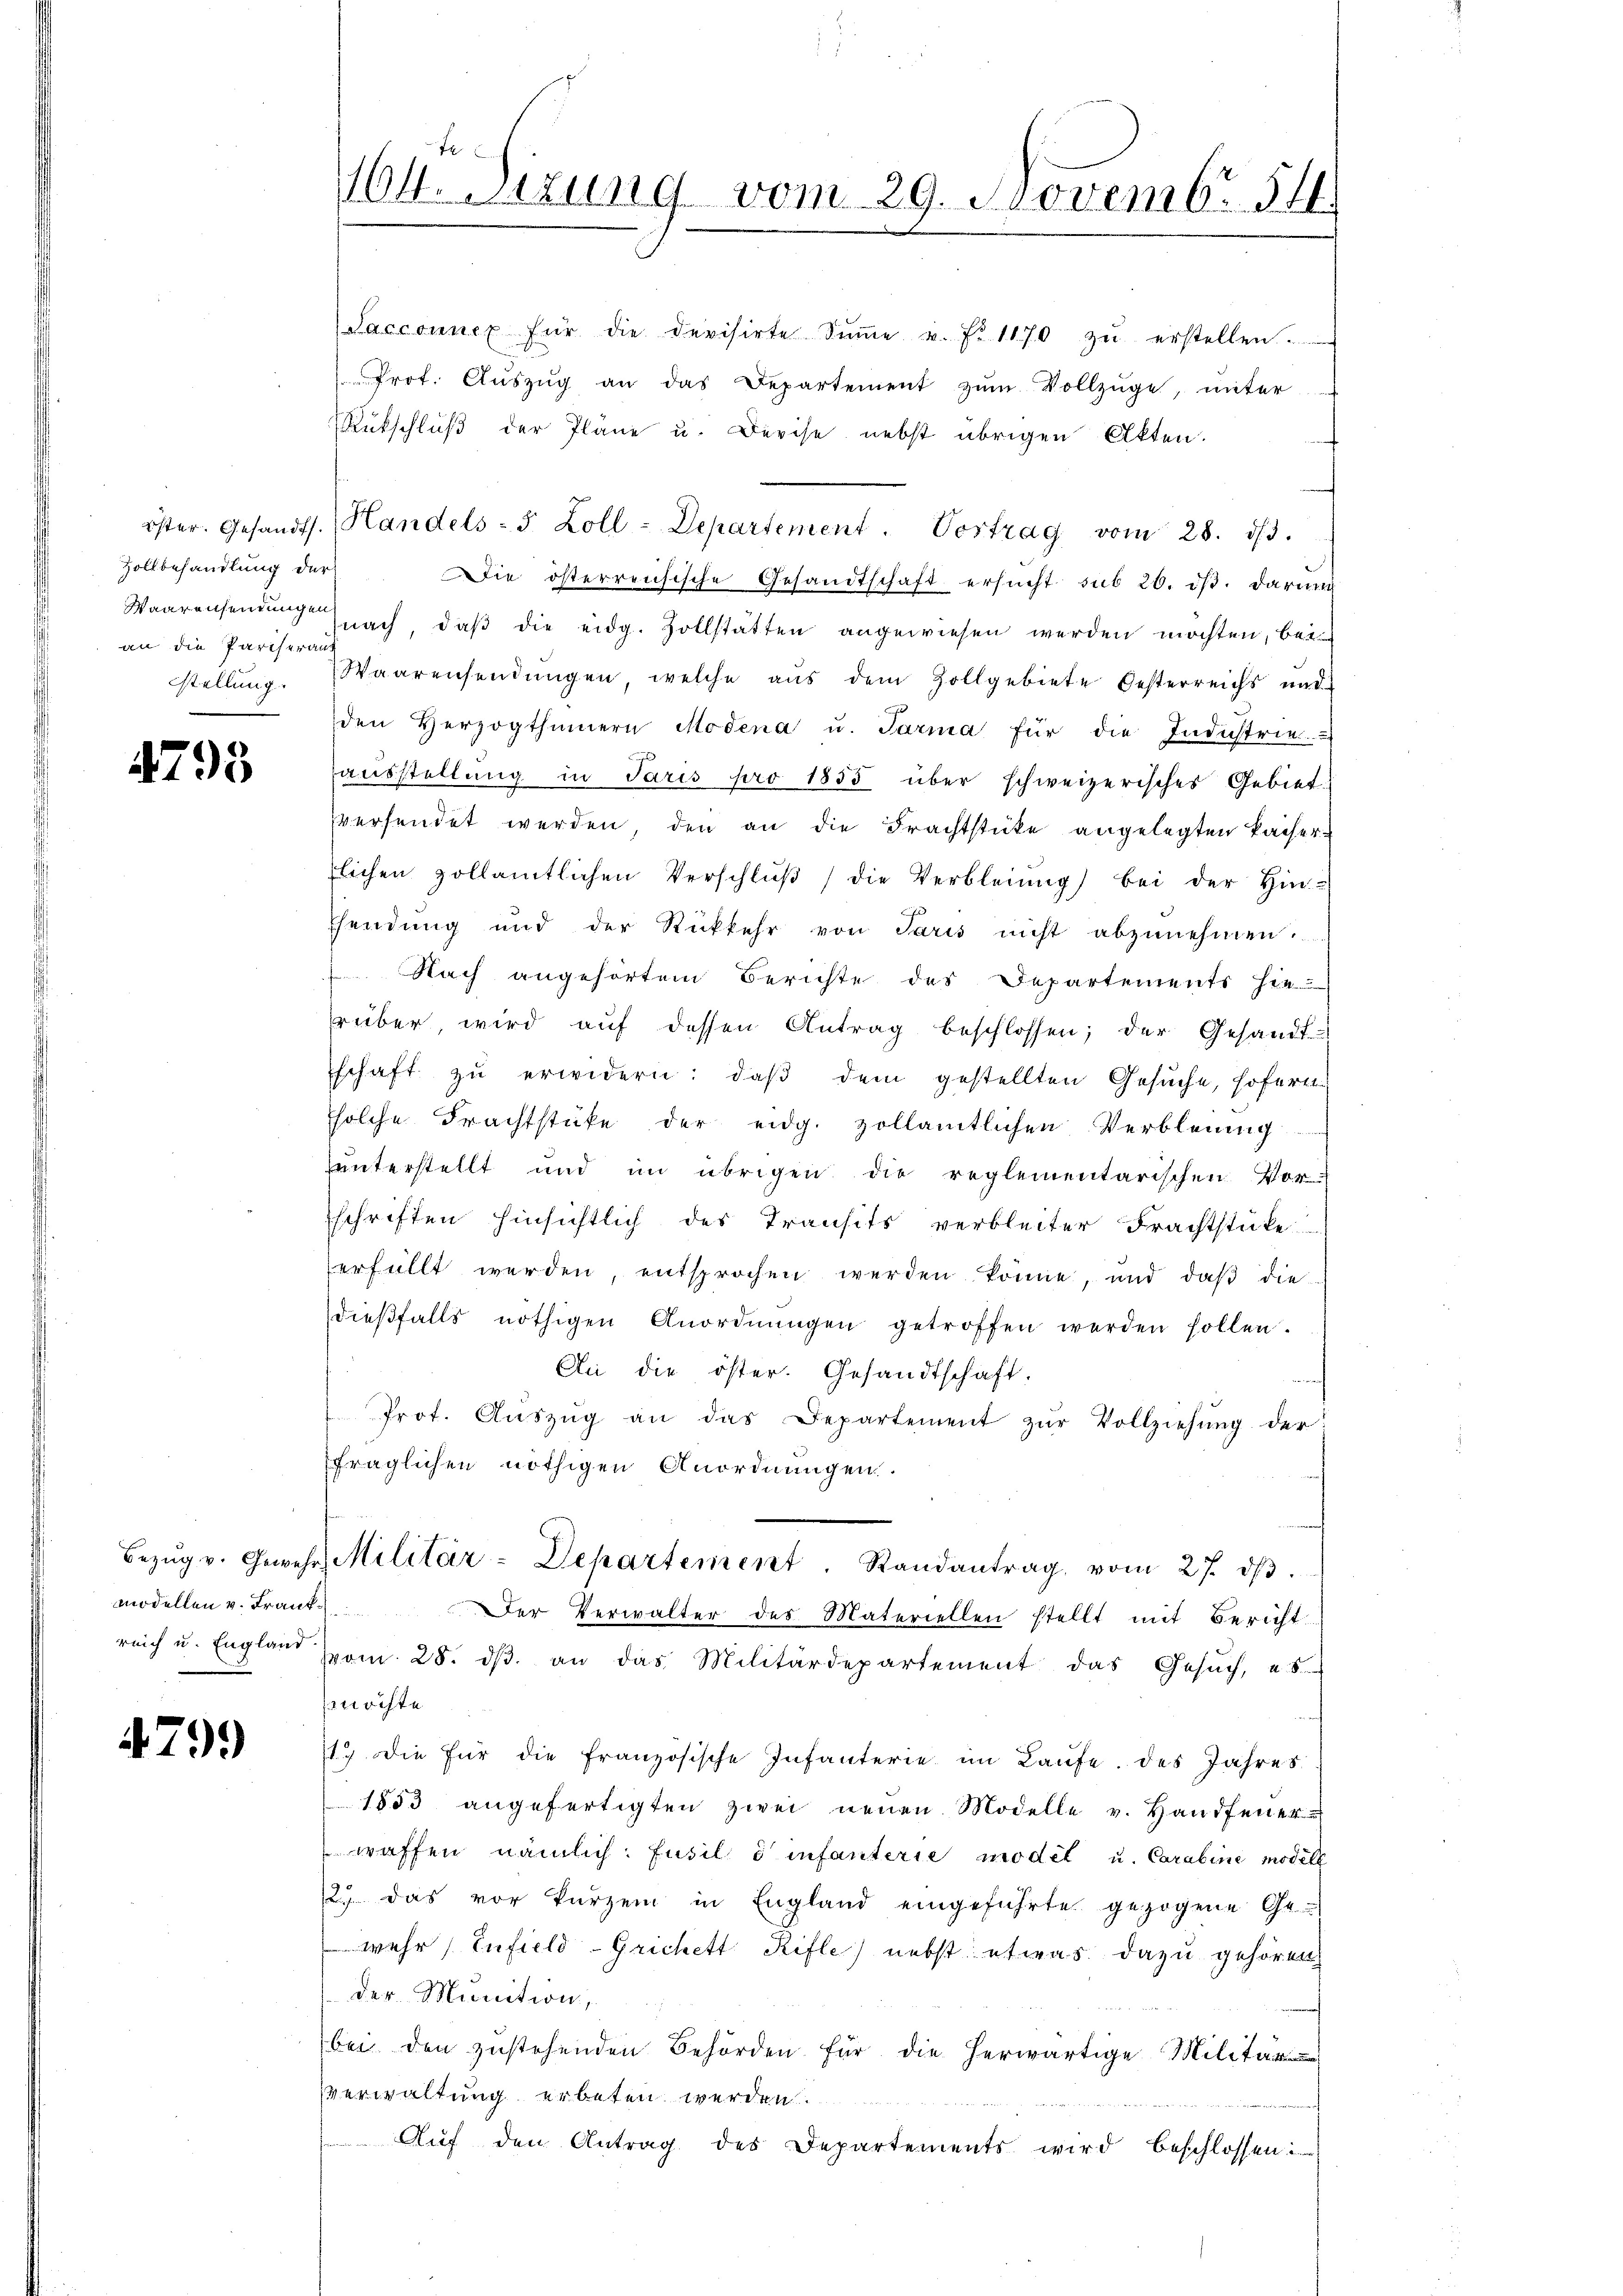
Zollbehandlung der
an die Pariseraus

4793

Sacconnex für die devisirte Sinne u. f. 1170 zŭ erstellen. ......
Prot. Aŭszŭg an das Departement zŭm Vollzüge, unter
Rückschluß der Pläne u. Devise nebst übrigen Akten.
öster. Gesandts. Handels- 5 Zoll-Departement. Vortrag vom 28. dβ.
Die österreichische Gesandtschaft ersucht sub 26. ds. darun
Waarensendung nach, daß die eidg. Zollstätten angewiesen werden möchten, bei
stellŭng. Waarensendŭngen welche aŭs dem Zollgebiete Oesterreichs und
den Herzogthümern Modena u. Parma für die Industrie
aŭsstellŭng in Paris pro 1855 über schweizerisches Gebiet.
versendet werden, den an die Frachtstücke angelegten Kaiser-
tlichen zollamtlichen Verschlŭβ die Verbleiŭng bei der Hin-
Esendung und der Rückkehr von Paris nicht abzunehmen.
 Nach angehörtem Berichte des Departements hie
rüber, wird aŭf dessen Antrag beschlossen; der Gesandt-
schaft zŭ erwidern: daß dem gestellten Gesuche, Hofern
solche Frachtstücke der eidg. zollamtlichen Verbleinig
uunterstellt und im übrigen die reglementarischen Vor-
schriften hinsichtlich des Transits verbleiter Frachtstücke
erfüllt werden, entsprochen werden könne, und daβ die
dieβfalls nöthigen Anordnŭngen getroffen werden sollen.
An die öster. Gesandtschaft.
Prot. Aŭszŭg an das Departement zŭr Vollziehŭng der
fraglichen nöthigen Anordnungen.
Bezŭg v. Gewehr Militär-Departement. Randantrag vom 27. dβ.
Der Verwalter des Materiellen stellt mit Bericht
reich u. England vom 28. dβ an das Militärdepartement das Gesŭch, es
möchte
17 die für die französische Infanterie im Laŭfe des Jahres
1853 angefertigten zwei neuen Modelle v. Handfener
waffen nämlich: Jusil einfanterie model u. Carabine modell
2. das vor kurzem in England eingeführte gezogene Ge-
wehr (Infield-Grichett Rifle nebst etwas dazu gehören,
der Munition,
bei den zustehenden Behörden für die herwärtige Milita
verwaltung erbeten werden.
a
Auf den Antrag des Departements wird beschlossen

modellen v. Frank¬

479.

164. Sizung vom 29. Novemb. 541.